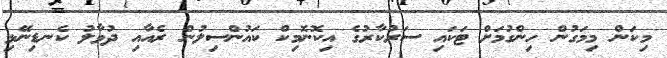
މިކަން މިމަގުން ހިންގުމަށް ޓަކައި ސަރުކާރުގެ އިކޮނޮމިކް ކައުންސިލުން ރެއާއި ދުވާލު ކެނޑިނޭޅި